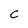
Character: C